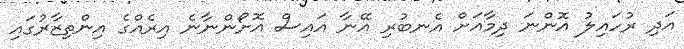
އަދި ރުހައިލު އޮންނަ ދިމާއަށް އެނބުރި އޭނާ އައިސް އޮށޯންނާނެ އިރެއްގެ އިންތިޒާރުގައި